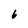
Character: 6